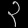
Digit: ၃